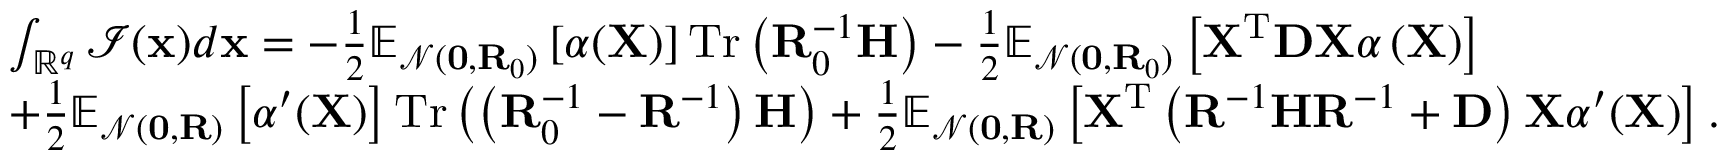
\begin{array} { r l } & { \int _ { \mathbb { R } ^ { q } } \mathcal { I } ( \mathbf { x } ) d \mathbf { x } = - \frac { 1 } { 2 } \mathbb { E } _ { \mathcal { N } ( \mathbf { 0 } , \mathbf { R } _ { 0 } ) } \left[ \alpha ( \mathbf { X } ) \right] \mathrm { T r } \left( \mathbf { R } _ { 0 } ^ { - 1 } \mathbf { H } \right) - \frac { 1 } { 2 } \mathbb { E } _ { \mathcal { N } ( \mathbf { 0 } , \mathbf { R } _ { 0 } ) } \left[ \mathbf { X } ^ { \mathrm { T } } \mathbf { D } \mathbf { X } \alpha \left( \mathbf { X } \right) \right] } \\ & { + \frac { 1 } { 2 } \mathbb { E } _ { \mathcal { N } ( \mathbf { 0 } , \mathbf { R } ) } \left[ \alpha ^ { \prime } ( \mathbf { X } ) \right] \mathrm { T r } \left( \left( \mathbf { R } _ { 0 } ^ { - 1 } - \mathbf { R } ^ { - 1 } \right) \mathbf { H } \right) + \frac { 1 } { 2 } \mathbb { E } _ { \mathcal { N } ( \mathbf { 0 } , \mathbf { R } ) } \left[ \mathbf { X } ^ { \mathrm { T } } \left( \mathbf { R } ^ { - 1 } \mathbf { H } \mathbf { R } ^ { - 1 } + \mathbf { D } \right) \mathbf { X } \alpha ^ { \prime } ( \mathbf { X } ) \right] . } \end{array}